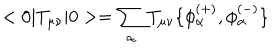
< 0 | T _ { \mu \nu } | 0 > = \sum _ { \alpha } T _ { \mu \nu } \{ \phi _ { \alpha } ^ { ( + ) } , \phi _ { \alpha } ^ { ( - ) } \}